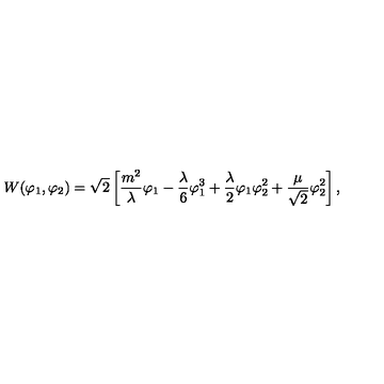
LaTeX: { W } ( \varphi _ { 1 } , \varphi _ { 2 } ) = \sqrt { 2 } \left[ \frac { m ^ { 2 } } { \lambda } \varphi _ { 1 } - \frac { \lambda } { 6 } \varphi _ { 1 } ^ { 3 } + \frac { \lambda } { 2 } \varphi _ { 1 } \varphi _ { 2 } ^ { 2 } + \frac { \mu } { \sqrt { 2 } } \varphi _ { 2 } ^ { 2 } \right] ,